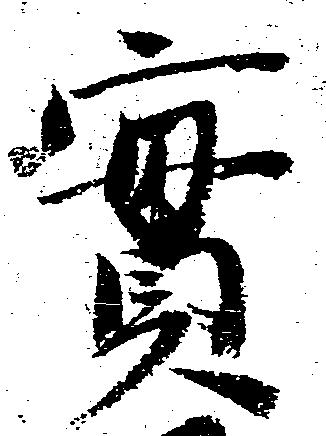
実